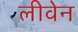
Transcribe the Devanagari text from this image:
लीवेन